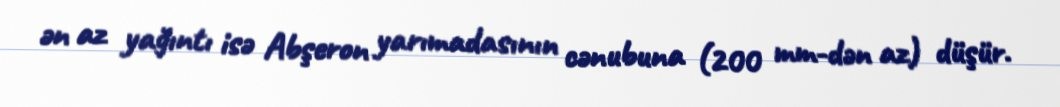
ən az yağıntı isə Abşeron yarımadasının cənubuna (200 mm-dən az) düşür.